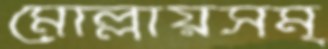
মোল্লায়সম্